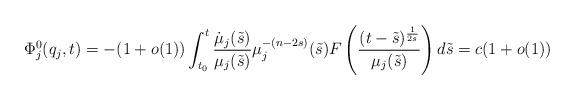
LaTeX: \begin{align*}\Phi^0_j(q_j, t) = -(1+o(1))\int_{t_0}^{t}\frac{\dot{\mu}_j(\tilde{s})}{\mu_j(\tilde{s})}\mu_j^{-(n-2s)}(\tilde{s})F\left(\frac{(t-\tilde{s})^{\frac{1}{2s}}}{\mu_j(\tilde{s})}\right)d\tilde{s} = c(1+o(1))\end{align*}